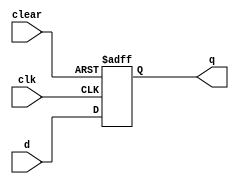
module dff_with_clear (
  input wire clk,        // Clock input
  input wire clear,      // Asynchronous clear input
  input wire d,          // Data input
  output reg q           // Flip-flop output
);

  always @(posedge clk or negedge clear)
    if (!clear)
      q <= 1'b0;         // Clear output to logic low
    else
      q <= d;            // Store data on D input

endmodule